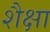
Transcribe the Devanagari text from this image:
शैक्षा